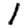
Digit: 1